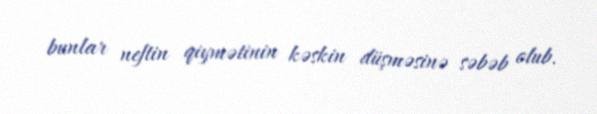
bunlar neftin qiymətinin kəskin düşməsinə səbəb olub.